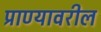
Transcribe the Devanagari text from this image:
प्राण्यावरील